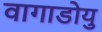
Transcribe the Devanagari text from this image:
वागाडोयु